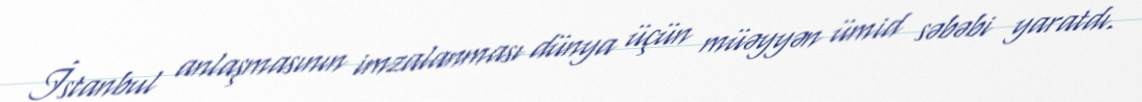
İstanbul anlaşmasının imzalanması dünya üçün müəyyən ümid səbəbi yaratdı.